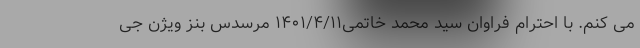
می کنم. با احترام فراوان سید محمد خاتمی۱۴۰۱/۴/۱۱ مرسدس بنز ویژن جی